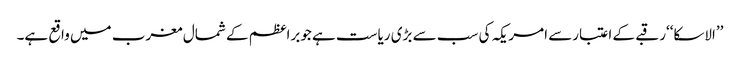
’’الاسکا‘‘رقبے کے اعتبارسے امریکہ کی سب سے بڑی ریاست ہے جوبراعظم کے شمال مغرب میں واقع ہے۔